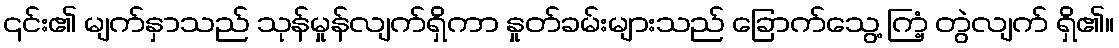
၎င်း၏ မျက်နှာသည် သုန်မှုန်လျက်ရှိကာ နှုတ်ခမ်းများသည် ခြောက်သွေ့ ကြံ့ တွဲလျက် ရှိ၏။